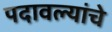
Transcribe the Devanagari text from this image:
पदावल्यांचे